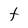
Character: t